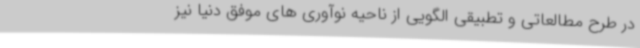
در طرح مطالعاتی و تطبیقی الگویی از ناحیه نوآوری های موفق دنیا نیز